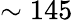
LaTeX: \sim 145